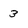
Character: 3